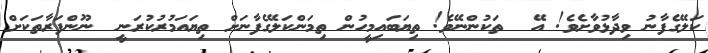
ކަލޭގެފާނު ވިދާޅުވާށެވެ! އޭ  ތަކުންނޭވެ! ތިޔަބައިމީހުން ތިމަންކަލޭގެފާނަށް ތިޔައަމުރުކުރަނީ  ނޫންފަރާތަކަށް